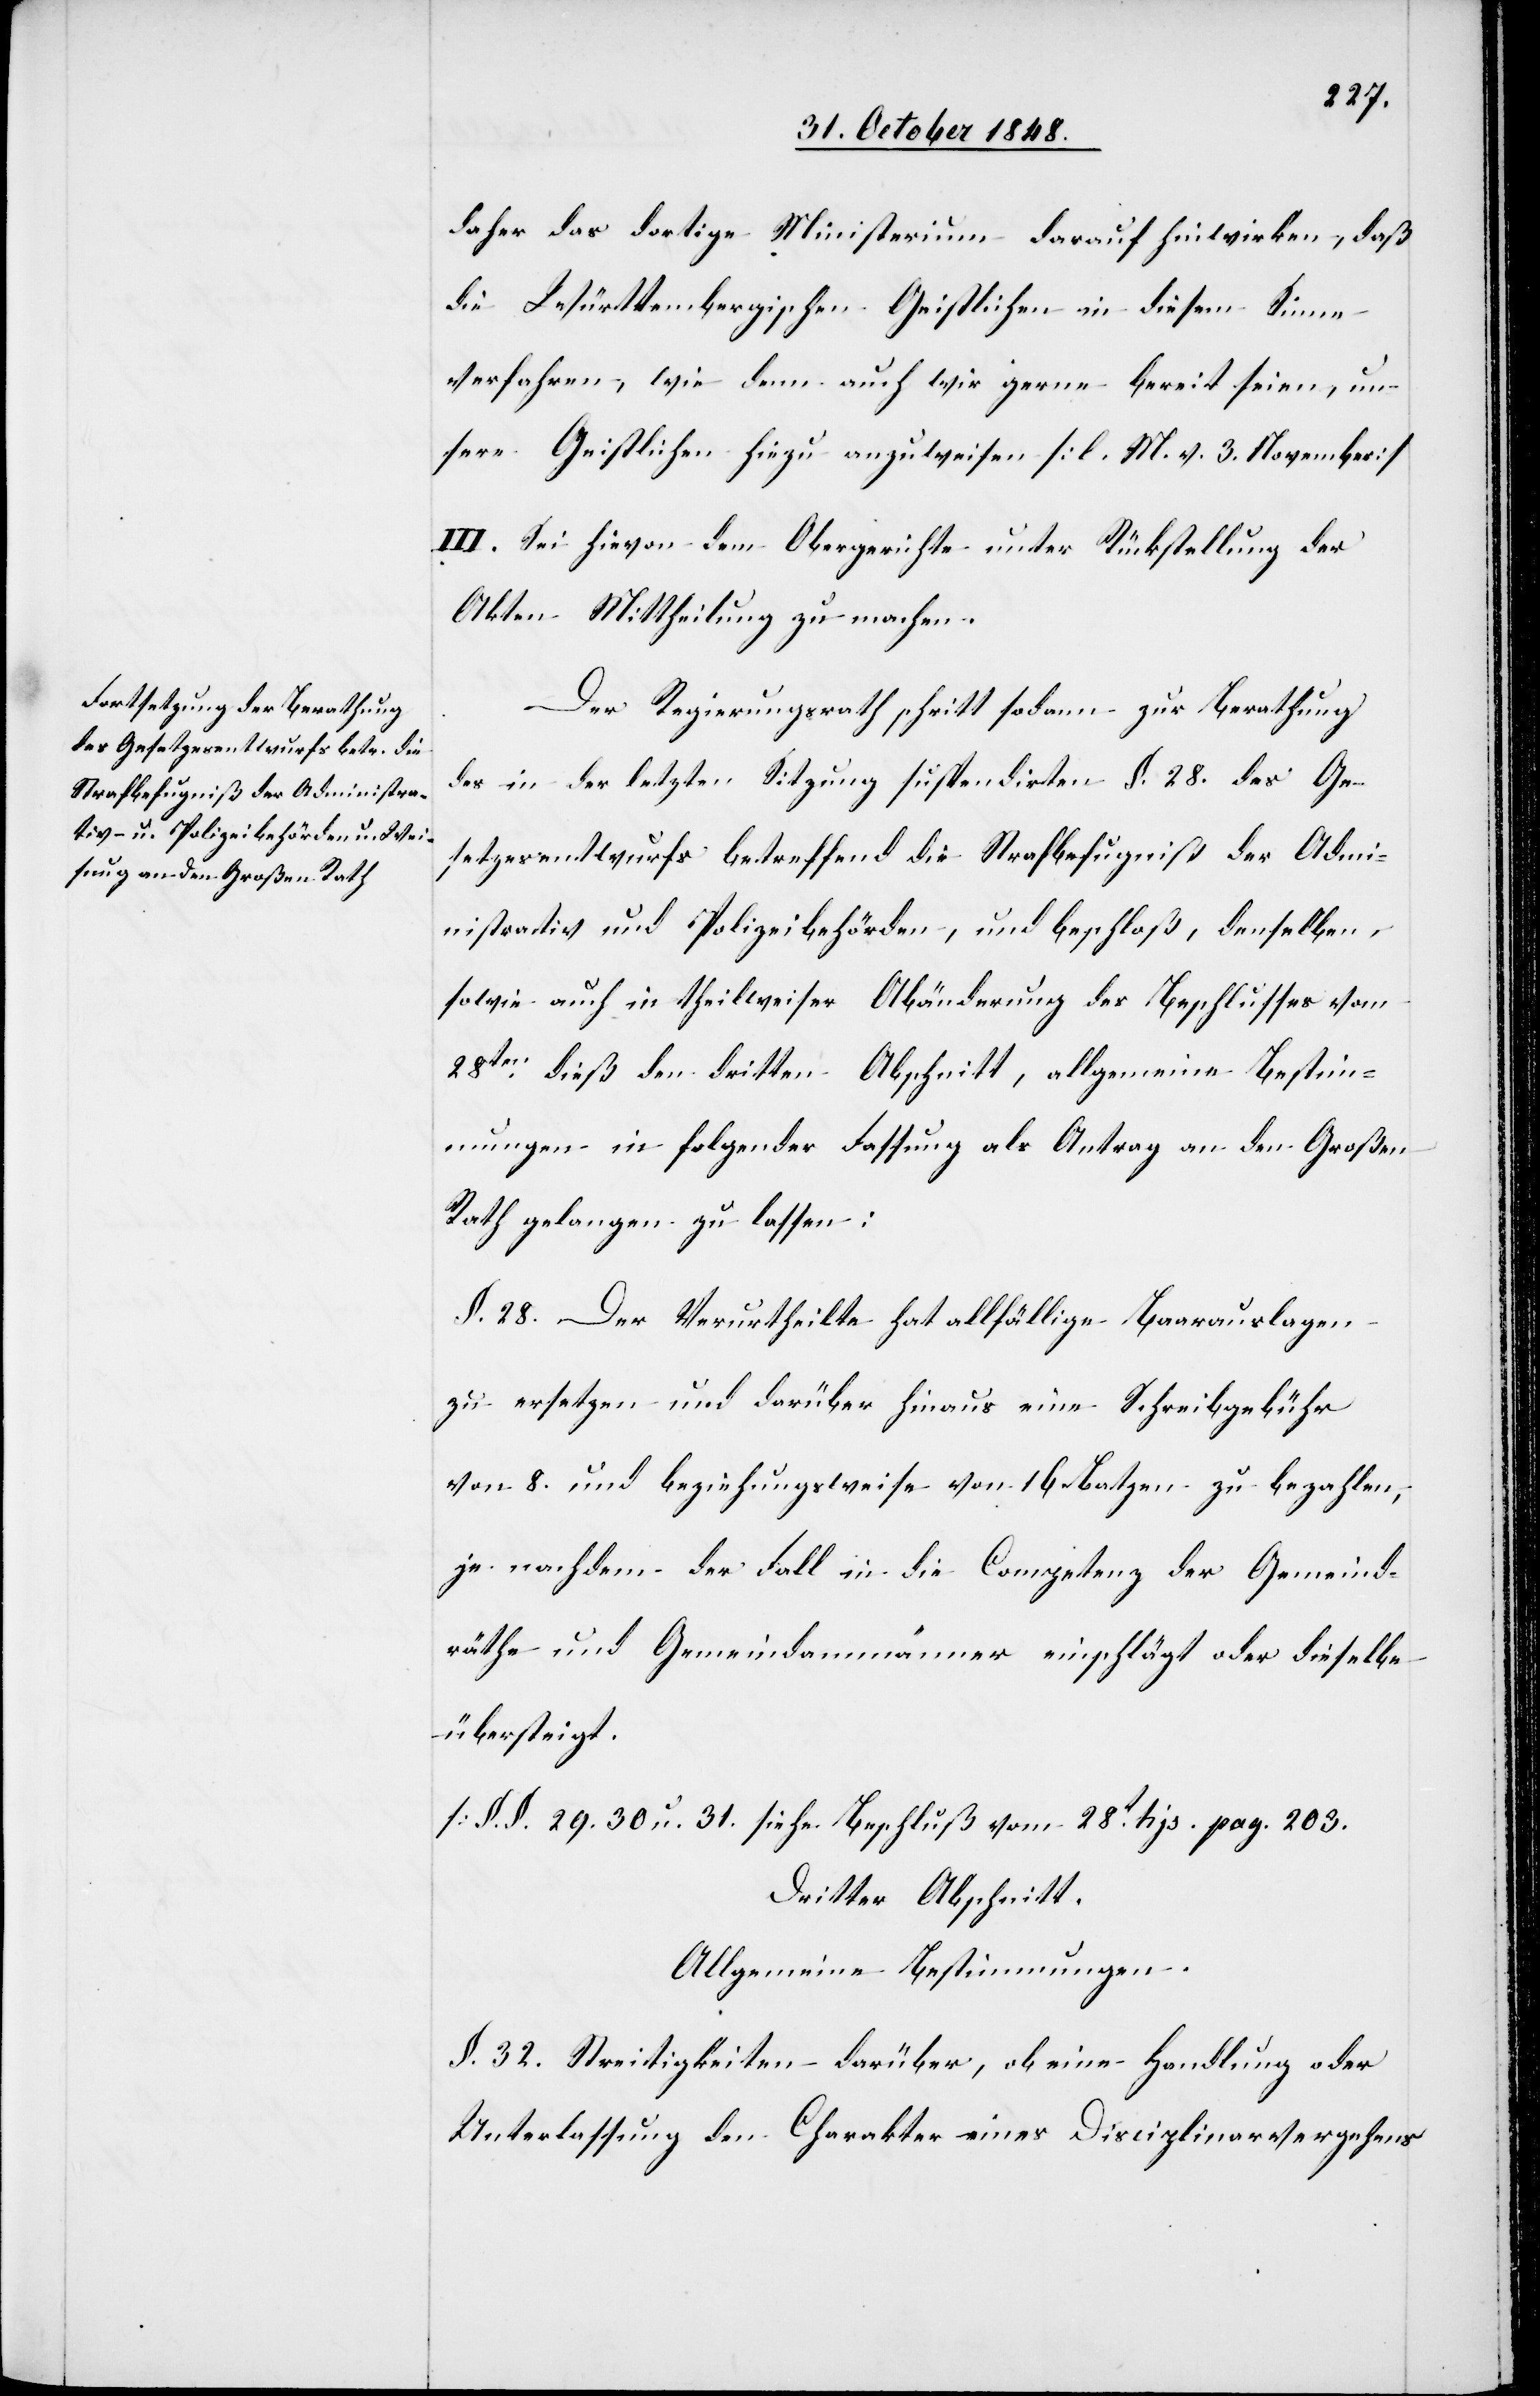
daher das dortige Ministerium darauf hinwirken, daß
die Württembergischen Geistlichen in diesem Sinne
verfahren, wie denn auch wir gerne bereit seien, un¬
sere Geistlichen hiezu anzuweisen. [l. M. v. 3. November]
III. Sei hievon dem Obergerichte unter Rückstellung der
Akten Mittheilung zu machen.
Der Regierungsrath schritt sodann zur Berathung
des in der letzten Sitzung suspendirten §. 28. des Ge¬
setzesentwurfs betreffend die Strafbefugniß der Admi¬
nistrativ[-] und Polizeibehörden, und beschloß, denselben,
sowie auch in theilweiser Abänderung des Beschlusses vom
28ten dieß den dritten Abschnitt, allgemeine Bestim¬
mungen in folgender Fassung als Antrag an den Großen
Rath gelangen zu lassen:
§. 28. Der Verurtheilte hat allfällige Baarauslagen
zu ersetzen und darüber hinaus eine Schreibgebühr
von 8. und beziehungsweise von 16. Batzen zu bezahlen,
je nachdem der Fall in die Competenz der Gemeind¬
räthe und Gemeindammänner einschlägt oder dieselbe
übersteigt.
[§. §. 29. 30. u. 31. siehe Beschluß vom 28t hjs. pag. 203.[]]
Dritter Abschnitt.
Allgemeine Bestimmungen.
§. 32. Streitigkeiten darüber, ob eine Handlung oder
Unterlassung den Charakter eines Disciplinarvergehens